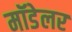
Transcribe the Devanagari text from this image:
मॉडेलर